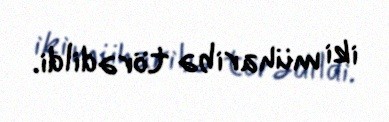
iki müharibə törədildi.